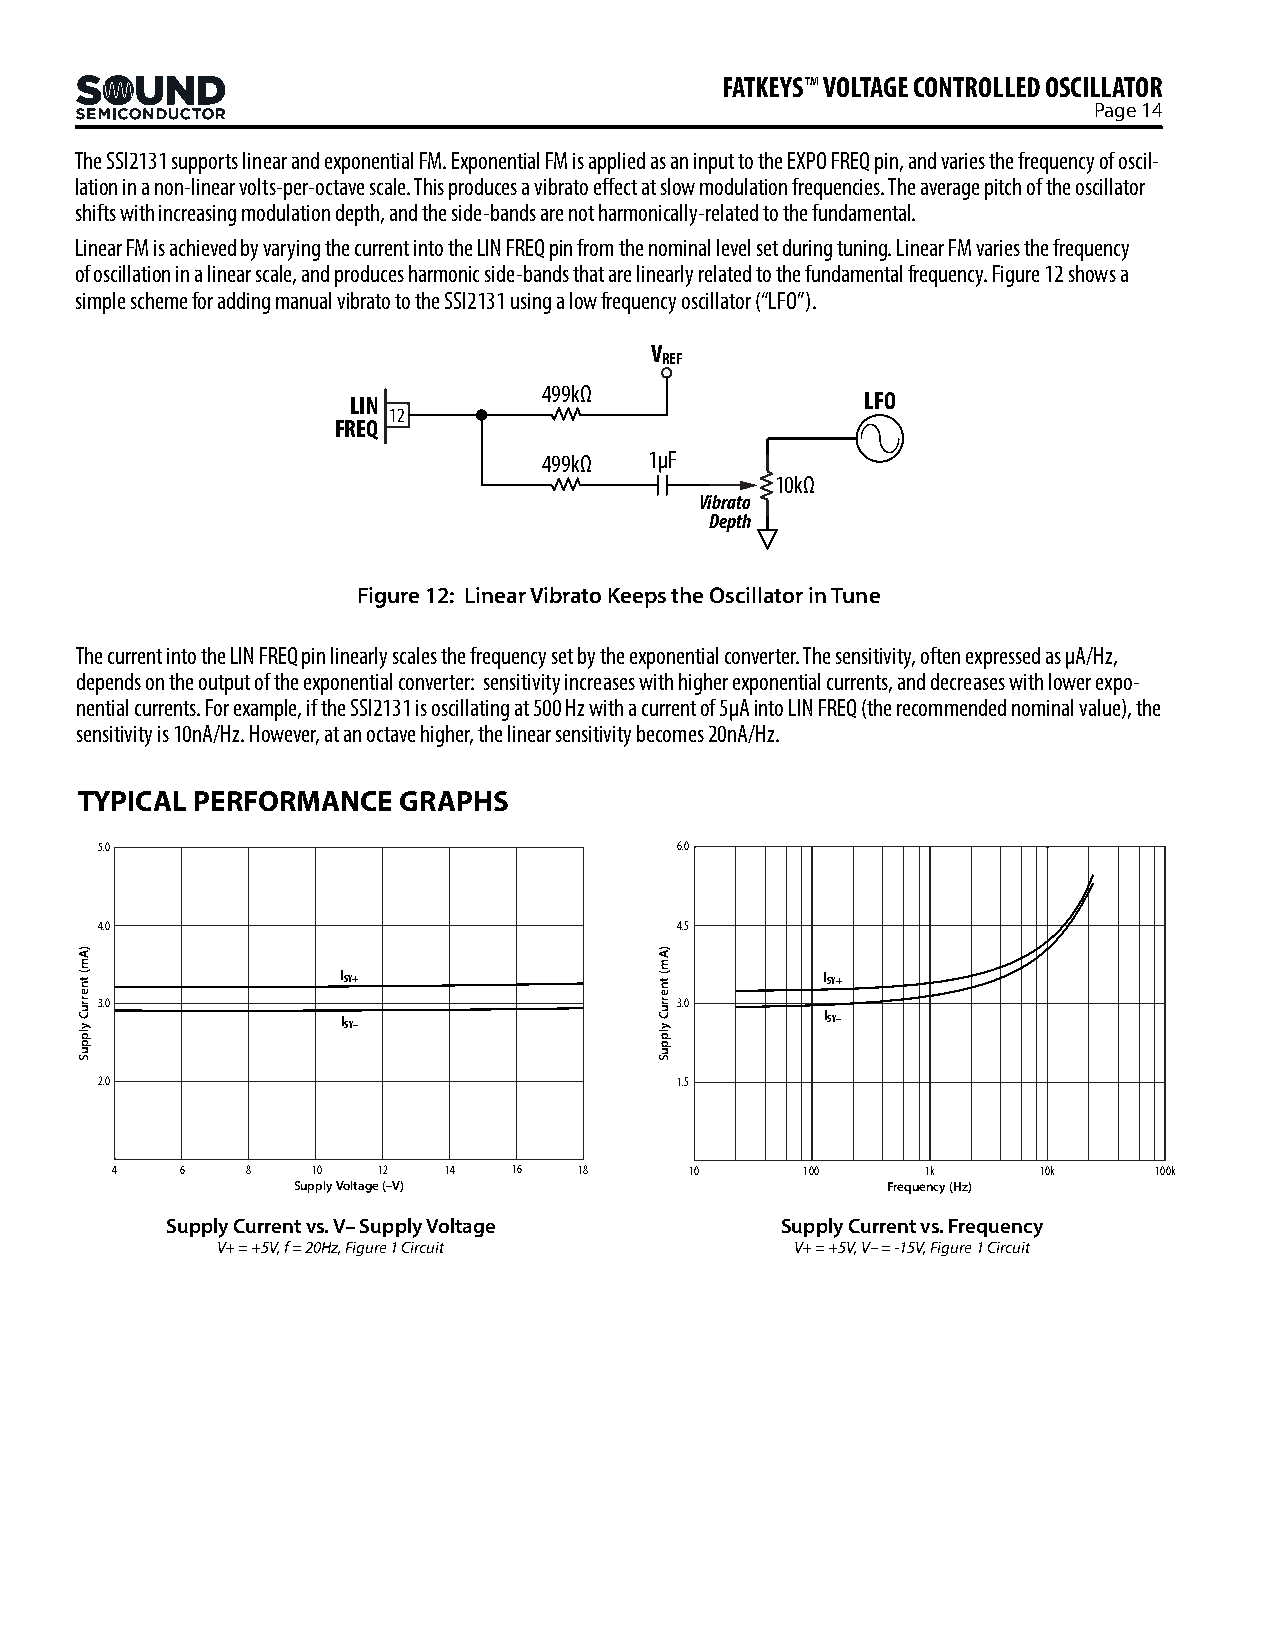
FATKEYS™ VOLTAGE CONTROLLED OSCILLATOR
 Page 14
 The SSI2131 supports linear and exponential FM. Exponential FM is applied as an input to the EXPO FREQ pin, and varies the frequency of oscil-
 lation in a non-linear volts-per-octave scale. This produces a vibrato effect at slow modulation frequencies. The average pitch of the oscillator
 shifts with increasing modulation depth, and the side-bands are not harmonically-related to the fundamental.
 Linear FM is achieved by varying the current into the LIN FREQ pin from the nominal level set during tuning. Linear FM varies the frequency
 of oscillation in a linear scale, and produces harmonic side-bands that are linearly related to the fundamental frequency. Figure 12 shows a
 simple scheme for adding manual vibrato to the SSI2131 using a low frequency oscillator (“LFO”).
 V
 REF
 499kΩ
 LIN                               LFO
 12
 FREQ
 499kΩ  1µF
 10kΩ
 Vibrato
 Depth
 Figure 12: Linear Vibrato Keeps the Oscillator in Tune
 The current into the LIN FREQ pin linearly scales the frequency set by the exponential converter. The sensitivity, often expressed as µA/Hz,
 depends on the output of the exponential converter: sensitivity increases with higher exponential currents, and decreases with lower expo-
 nential currents. For example, if the SSI2131 is oscillating at 500 Hz with a current of 5µA into LIN FREQ (the recommended nominal value), the
 sensitivity is 10nA/Hz. However, at an octave higher, the linear sensitivity becomes 20nA/Hz.
 TYPICAL PERFORMANCE  GRAPHS
 5.0                                    6.0
 4.0                                    4.5
 ISY+                            ISY+
 3.0                                    3.0
 ISY–                            ISY–
 2.0                                    1.5
 4    6   8    10  12  14   16  18      10     100     1k      10k    100k
 Supply Voltage (–V)                     Frequency (Hz)
 Supply Current vs. V– Supply Voltage     Supply Current vs. Frequency
 V+ = +5V, f = 20Hz, Figure 1 Circuit   V+ = +5V, V– = -15V, Figure 1 Circuit
 )Am(
 tnerruC
 ylppuS
 )Am(
 tnerruC
 ylppuS